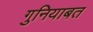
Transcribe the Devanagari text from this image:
गुनियाबत